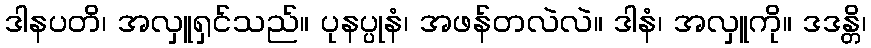
ဒါနပတိ၊ အလှူရှင်သည်။ ပုနပ္ပုနံ၊ အဖန်တလဲလဲ။ ဒါနံ၊ အလှူကို။ ဒဒန္တိ၊